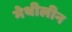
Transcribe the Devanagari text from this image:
मेथीलीन